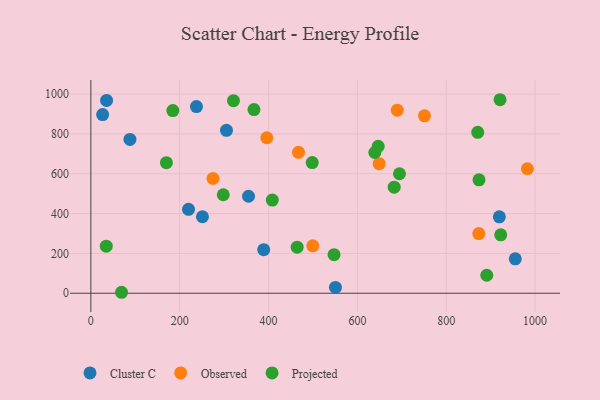
{"axis": {"x": "Ad Spend", "y": "Salary"}, "legend": ["Cluster C", "Observed", "Projected"], "data": [{"x": "251.2", "y": 384.1, "type": "Cluster C"}, {"x": "389.1", "y": 218.7, "type": "Cluster C"}, {"x": "219.8", "y": 421.2, "type": "Cluster C"}, {"x": "955.4", "y": 172.7, "type": "Cluster C"}, {"x": "35.4", "y": 968.0, "type": "Cluster C"}, {"x": "919.5", "y": 383.9, "type": "Cluster C"}, {"x": "305.3", "y": 817.8, "type": "Cluster C"}, {"x": "26.5", "y": 897.2, "type": "Cluster C"}, {"x": "88.0", "y": 772.3, "type": "Cluster C"}, {"x": "237.7", "y": 937.5, "type": "Cluster C"}, {"x": "354.9", "y": 487.0, "type": "Cluster C"}, {"x": "550.6", "y": 29.1, "type": "Cluster C"}, {"x": "499.6", "y": 238.2, "type": "Observed"}, {"x": "396.1", "y": 780.8, "type": "Observed"}, {"x": "467.4", "y": 707.5, "type": "Observed"}, {"x": "274.9", "y": 576.1, "type": "Observed"}, {"x": "689.8", "y": 919.0, "type": "Observed"}, {"x": "873.2", "y": 299.8, "type": "Observed"}, {"x": "648.9", "y": 650.7, "type": "Observed"}, {"x": "751.0", "y": 890.7, "type": "Observed"}, {"x": "982.6", "y": 625.1, "type": "Observed"}, {"x": "873.7", "y": 569.4, "type": "Projected"}, {"x": "34.7", "y": 236.4, "type": "Projected"}, {"x": "321.0", "y": 967.0, "type": "Projected"}, {"x": "184.5", "y": 917.2, "type": "Projected"}, {"x": "639.2", "y": 706.8, "type": "Projected"}, {"x": "408.5", "y": 467.7, "type": "Projected"}, {"x": "547.4", "y": 193.4, "type": "Projected"}, {"x": "367.2", "y": 922.2, "type": "Projected"}, {"x": "298.1", "y": 494.5, "type": "Projected"}, {"x": "69.1", "y": 4.8, "type": "Projected"}, {"x": "922.6", "y": 293.3, "type": "Projected"}, {"x": "464.4", "y": 231.2, "type": "Projected"}, {"x": "646.8", "y": 737.9, "type": "Projected"}, {"x": "870.8", "y": 808.0, "type": "Projected"}, {"x": "921.1", "y": 971.7, "type": "Projected"}, {"x": "694.7", "y": 599.9, "type": "Projected"}, {"x": "170.1", "y": 655.5, "type": "Projected"}, {"x": "498.3", "y": 656.3, "type": "Projected"}, {"x": "682.8", "y": 532.8, "type": "Projected"}, {"x": "891.2", "y": 90.2, "type": "Projected"}]}